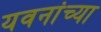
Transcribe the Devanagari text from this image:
यवनांच्या